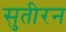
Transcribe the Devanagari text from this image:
सुतीरन